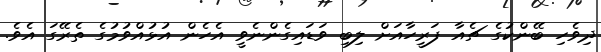
ދިވެހި ބޭންކުގެ ޗެއާ ފަރީހާއަށް ލިބި ވަޑައިގެންނެވީ އެހެން އުޅުއްވުމުގެ ތެރޭގަ އެވެ.